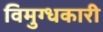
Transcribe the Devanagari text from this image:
विमुग्धकारी